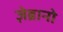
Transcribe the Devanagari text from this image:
ज़ेब्रानो